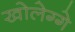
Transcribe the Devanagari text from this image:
खोलेग्गे